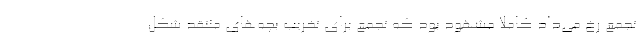
تجمع رخ می‌داد کاملا مشهود بود که تجمع برای تخریب بچه‌های منتقد شکل